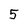
Character: 5